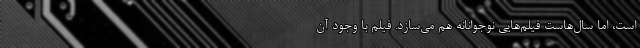
است، اما سال‌هاست فیلم‌هایی نوجوانانه‌ هم می‌سازد. فیلم با وجود آن